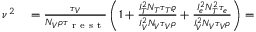
\begin{array} { r l } { \nu ^ { 2 } } & { { } = \frac { \tau _ { V } } { N _ { V } \rho \tau _ { \mathrm { ~ r ~ e ~ s ~ t ~ } } } \left( 1 + \frac { I _ { T } ^ { 2 } N _ { T } \tau _ { T } \varrho } { I _ { V } ^ { 2 } N _ { V } \tau _ { V } \rho } + \frac { I _ { e } ^ { 2 } N _ { T } ^ { 2 } \tau _ { e } } { I _ { V } ^ { 2 } N _ { V } \tau _ { V } \rho } \right) = } \end{array}